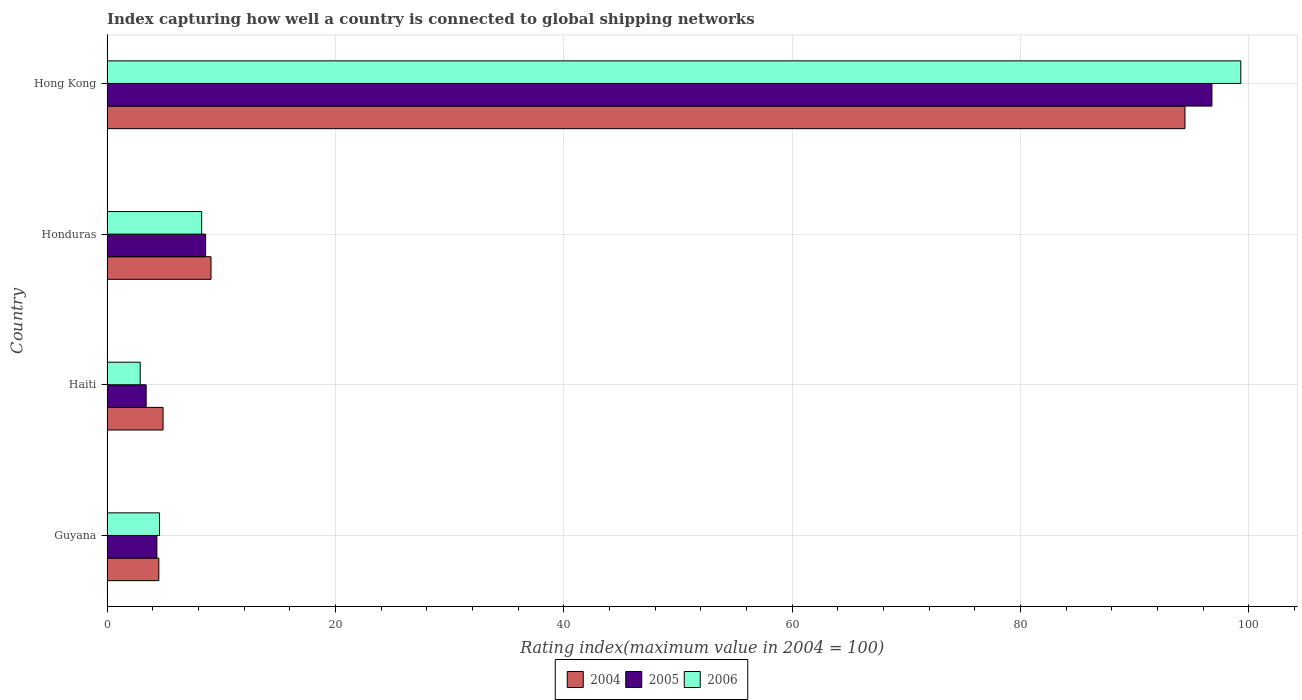
| Country | 2004 | 2005 | 2006 |
 | --- | --- | --- | --- |
 | Guyana | 4.54 | 4.37 | 4.6 |
 | Haiti | 4.91 | 3.43 | 2.91 |
 | Honduras | 9.11 | 8.64 | 8.29 |
 | Hong Kong | 94.4 | 96.8 | 99.3 |